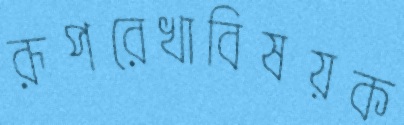
রূপরেখাবিষয়ক